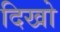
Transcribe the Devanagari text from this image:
दिखो